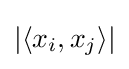
|\langle x_{i},x_{j}\rangle |